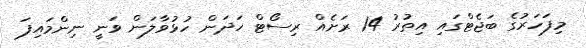
މިފަހަރުގެ ބަޖެޓްގައި އިތުރު 14 ރަށެއް ރިސޯޓް ހަދަން ހުޅުވާލަން ވަނީ ނިންމައިފަ